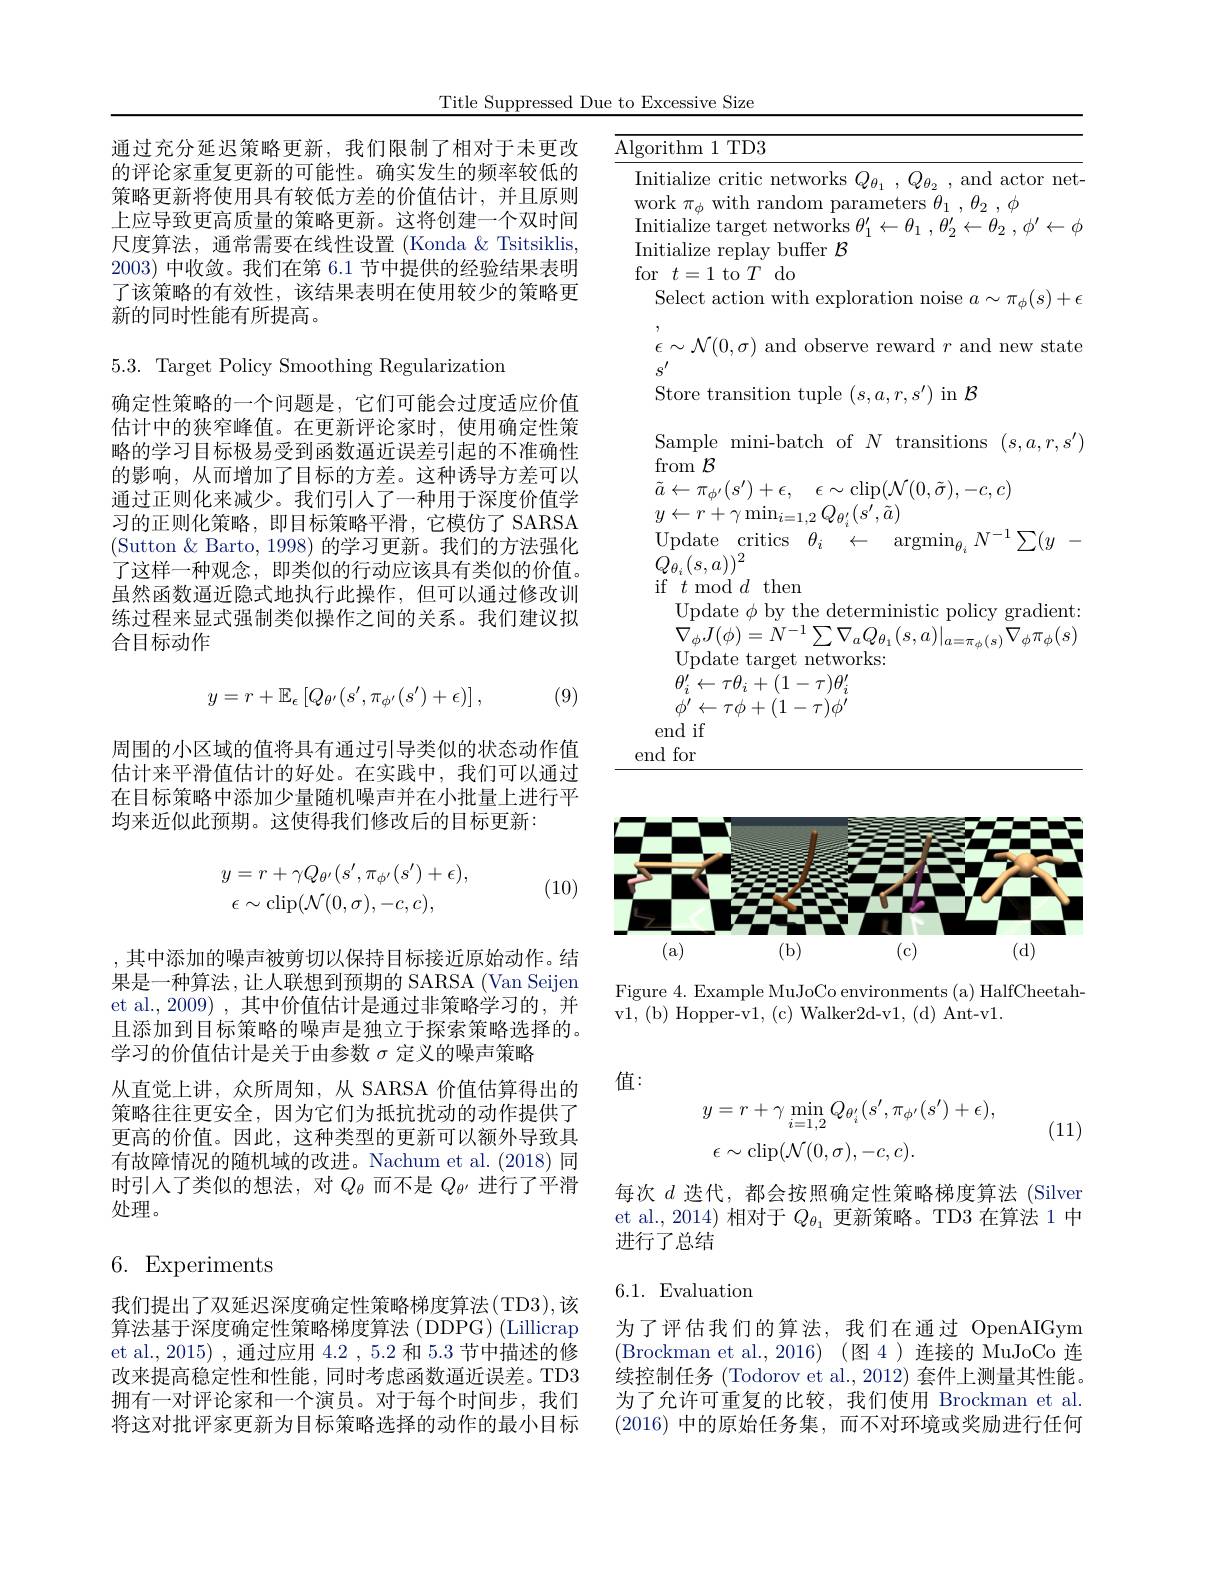
Title Suppressed Due to Excessive Size

通过充分延迟策略更新，我们限制了相对于未更改的评论家重复更新的可能性。确实发生的频率较低的策略更新将使用具有较低方差的价值估计，并且原则上应导致更高质量的策略更新。这将创建一个双时间尺度算法，通常需要在线性设置 (Konda & Tsitsiklis, 2003) 中收敛。我们在第 6.1 节中提供的经验结果表明了该策略的有效性，该结果表明在使用较少的策略更新的同时性能有所提高。

5.3. Target Policy Smoothing Regularization

确定性策略的一个问题是，它们可能会过度适应价值估计中的狭窄峰值。在更新评论家时，使用确定性策略的学习目标极易受到函数逼近误差引起的不准确性的影响，从而增加了目标的方差。这种诱导方差可以通过正则化来减少。我们引人了一种用于深度价值学习的正则化策略，即目标策略平滑，它模仿了 SARSA (Sutton & Barto, 1998) 的学习更新。我们的方法强化了这样一种观念，即类似的行动应该具有类似的价值。虽然函数逼近隐式地执行此操作，但可以通过修改训练过程来显式强制类似操作之间的关系。我们建议拟合目标动作
$$y=r+\mathbb{E}_\epsilon\left[Q_{\theta'}(s',\pi_{\phi'}(s')+\epsilon)\right],$$
(9)

周围的小区域的值将具有通过引导类似的状态动作值估计来平滑值估计的好处。在实践中，我们可以通过在目标策略中添加少量随机噪声并在小批量上进行平均来近似此预期。这使得我们修改后的目标更新：
$$\begin{array}{l}y=r+\gamma Q_{\theta'}(s',\pi_{\phi'}(s')+\epsilon),\\\epsilon\sim\operatorname{clip}(\mathcal{N}(0,\sigma),-c,c),\end{array}$$
(10)

,其中添加的噪声被剪切以保持目标接近原始动作。结果是一种算法，让人联想到预期的 SARSA (Van Seijen et al.,2009) ,其中价值估计是通过非策略学习的，并且添加到目标策略的噪声是独立于探索策略选择的。学习的价值估计是关于由参数$\sigma$定义的噪声策略
从直觉上讲，众所周知，从 SARSA 价值估算得出的策略往往更安全，因为它们为抵抗扰动的动作提供了更高的价值。因此，这种类型的更新可以额外导致具有故障情况的随机域的改进。Nachum et al.(2018)同时引人了类似的想法，对$Q_\theta$而不是$Q_\theta$进行了平滑处理。

# 6. Experiments

我们提出了双延迟深度确定性策略梯度算法(TD3),该算法基于深度确定性策略梯度算法 (DDPG) (Lillicrap et al., 2015) , 通过应用 4.2 , 5.2 和 5.3 节中描述的修改来提高稳定性和性能，同时考虑函数逼近误差。TD3拥有一对评论家和一个演员。对于每个时间步，我们将这对批评家更新为目标策略选择的动作的最小目标

<table>
	<tbody>
		<tr>
			<td>1 . 1i</td>
			<td>$S$ actor me</td>
		</tr>
	</tbody>
</table>

<FigureHere>

Figure 4. Example MuJoCo environments (a) HalfCheetah-
v1, (b) Hopper-v1, (c) Walker2d-v1, (d) Ant-v1

值：
$$\begin{aligned}y&=r+\gamma\operatorname*{min}_{i=1,2}Q_{\theta_{i}^{\prime}}(s^{\prime},\pi_{\phi^{\prime}}(s^{\prime})+\epsilon),\\\epsilon&\sim\operatorname{clip}(\mathcal{N}(0,\sigma),-c,c).\end{aligned}$$
(11)

每次$d$迭代，都会按照确定性策略梯度算法 (Silver et al., 2014)相对于$Q_{\theta_1}$更新策略。TD3 在算法 1 中进行了总结

## 6.1. Evaluation

为了评估我们的算法，我们在通过 OpenAIGym (Brockman et al.,2016)(图4)连接的 MuJoCo 连续控制任务 (Todorov et al., 2012) 套件上测量其性能。为了允许可重复的比较，我们使用 Brockman et al. (2016)中的原始任务集，而不对环境或奖励进行任何